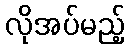
လိုအပ်မည့်